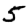
Digit: 5